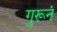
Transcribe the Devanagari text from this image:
गुरूनं